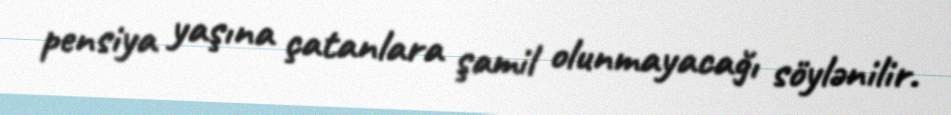
pensiya yaşına çatanlara şamil olunmayacağı söylənilir.